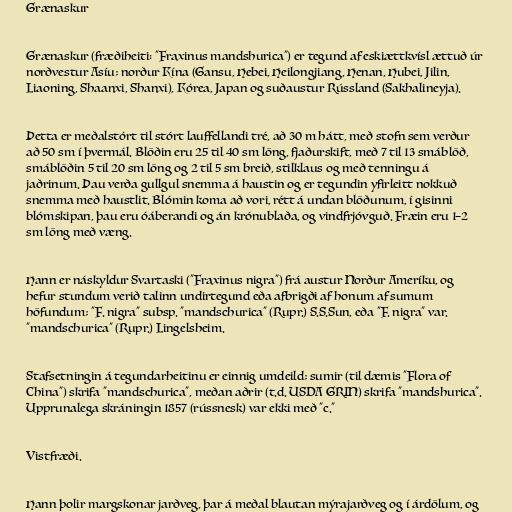
Grænaskur

Grænaskur (fræðiheiti: "Fraxinus mandshurica") er tegund af eskiættkvísl ættuð úr
norðvestur Asíu; norður Kína (Gansu, Hebei, Heilongjiang, Henan, Hubei, Jilin,
Liaoning, Shaanxi, Shanxi), Kórea, Japan og suðaustur Rússland (Sakhalineyja).

Þetta er meðalstórt til stórt lauffellandi tré, að 30 m hátt, með stofn sem verður
að 50 sm í þvermál. Blöðin eru 25 til 40 sm löng, fjaðurskift, með 7 til 13 smáblöð,
smáblöðin 5 til 20 sm löng og 2 til 5 sm breið, stilklaus og með tenningu á
jaðrinum. Þau verða gullgul snemma á haustin og er tegundin yfirleitt nokkuð
snemma með haustlit. Blómin koma að vori, rétt á undan blöðunum, í gisinni
blómskipan, þau eru óáberandi og án krónublaða, og vindfrjóvguð. Fræin eru 1–2
sm löng með væng.

Hann er náskyldur Svartaski ("Fraxinus nigra") frá austur Norður Ameríku, og
hefur stundum verið talinn undirtegund eða afbrigði af honum af sumum
höfundum; "F. nigra" subsp. "mandschurica" (Rupr.) S.S.Sun, eða "F. nigra" var.
"mandschurica" (Rupr.) Lingelsheim.

Stafsetningin á tegundarheitinu er einnig umdeild; sumir (til dæmis "Flora of
China") skrifa "mandschurica", meðan aðrir (t.d. USDA GRIN) skrifa "mandshurica".
Upprunalega skráningin 1857 (rússnesk) var ekki með "c."

Vistfræði.

Hann þolir margskonar jarðveg, þar á meðal blautan mýrajarðveg og í árdölum, og